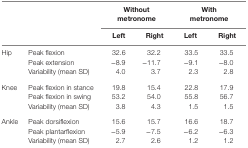
<table><thead><tr><td></td><td></td><td colspan="2"><b>Without metronome</b></td><td colspan="2"><b>With metronome</b></td></tr><tr><td></td><td></td><td><b>Left</b></td><td><b>Right</b></td><td><b>Left</b></td><td><b>Right</b></td></tr></thead><tbody><tr><td>Hip</td><td>Peak flexion</td><td>32.6</td><td>32.2</td><td>33.5</td><td>33.5</td></tr><tr><td></td><td>Peak extension</td><td>−8.9</td><td>−11.7</td><td>−9.1</td><td>−8.0</td></tr><tr><td></td><td>Variability (mean SD)</td><td>4.0</td><td>3.7</td><td>2.3</td><td>2.8</td></tr><tr><td>Knee</td><td>Peak flexion in stance</td><td>19.8</td><td>15.4</td><td>22.8</td><td>17.9</td></tr><tr><td></td><td>Peak flexion in swing</td><td>53.2</td><td>54.0</td><td>55.8</td><td>56.7</td></tr><tr><td></td><td>Variability (mean SD)</td><td>3.8</td><td>4.3</td><td>1.5</td><td>1.5</td></tr><tr><td>Ankle</td><td>Peak dorsiflexion</td><td>15.6</td><td>15.7</td><td>16.6</td><td>18.7</td></tr><tr><td></td><td>Peak plantarflexion</td><td>−5.9</td><td>−7.5</td><td>−6.2</td><td>−6.3</td></tr><tr><td></td><td>Variability (mean SD)</td><td>2.7</td><td>2.6</td><td>1.2</td><td>1.2</td></tr></tbody></table>